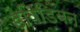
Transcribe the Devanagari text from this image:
डेविडियन